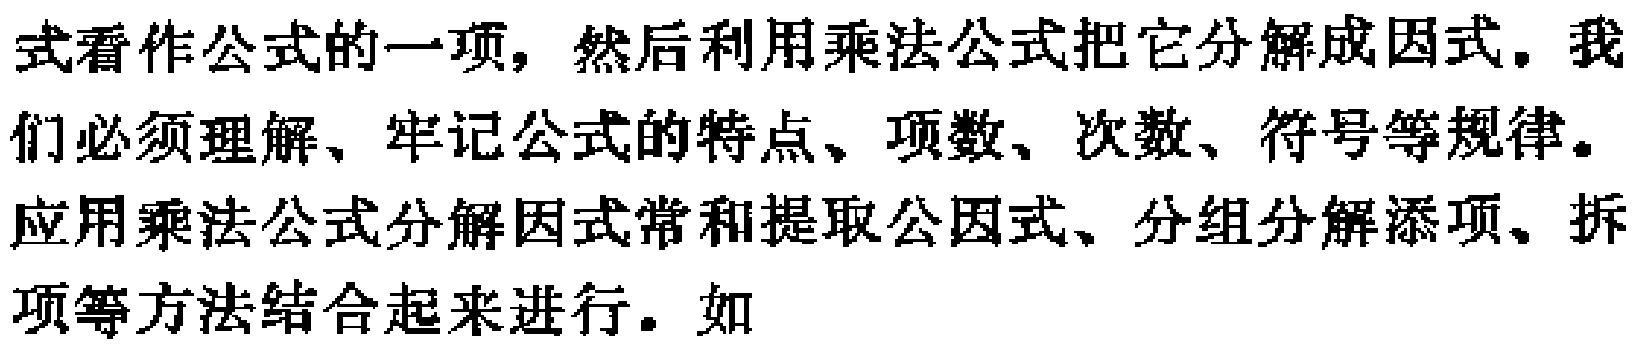
式看作公式的一项，然后利用乘法公式把它分解成因式。我们必须理解、牢记公式的特点、项数、次数、符号等规律。应用乘法公式分解因式常和提取公因式、分组分解添项、拆项等方法结合起来进行。如